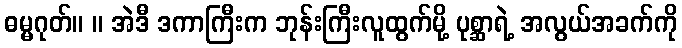
ဓမ္မဂုတ်။ ။ အဲဒီ ဒကာကြီးက ဘုန်းကြီးလူထွက်မို့ ပုစ္ဆာရဲ့ အလွယ်အခက်ကို